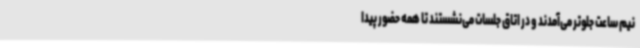
نیم ساعت جلوتر می‌آمدند و در اتاق جلسات می‌نشستند تا همه حضور پیدا